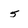
Character: 5